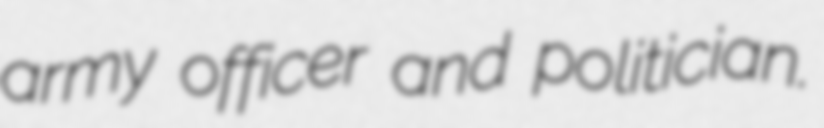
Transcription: army officer and politician.